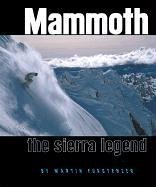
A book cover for Mammoth: The Sierra Legend; Martin Forstenzer; Travel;